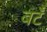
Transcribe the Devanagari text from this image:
बटँ